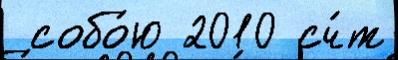
 собо́ю 2010 сч́т